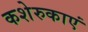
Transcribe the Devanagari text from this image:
कशेरुकाएं